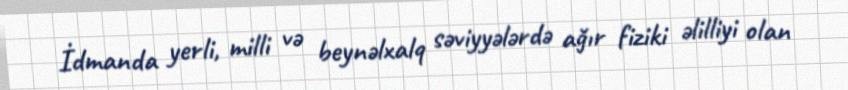
İdmanda yerli, milli və beynəlxalq səviyyələrdə ağır fiziki əlilliyi olan